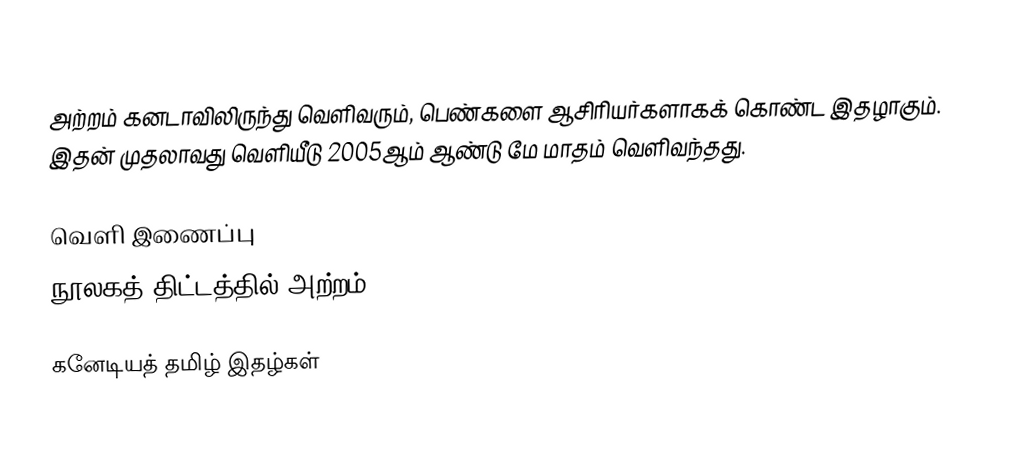
அற்றம் கனடாவிலிருந்து வெளிவரும், பெண்களை ஆசிரியர்களாகக் கொண்ட இதழாகும். இதன் முதலாவது வெளியீடு 2005ஆம் ஆண்டு மே மாதம் வெளிவந்தது.

வெளி இணைப்பு
 நூலகத் திட்டத்தில் அற்றம்

கனேடியத் தமிழ் இதழ்கள்